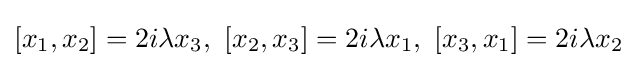
[x_{1},x_{2}]=2i\lambda x_{3},\ [x_{2},x_{3}]=2i\lambda x_{1},\ [x_{3},x_{1}]=2i\lambda x_{2}